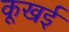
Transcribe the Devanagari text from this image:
कूखई